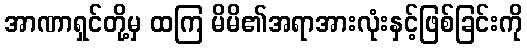
အာဏာရှင်တို့မှ ထကြ မိမိ၏အရာအားလုံးနှင့်ဖြစ်ခြင်းကို